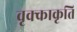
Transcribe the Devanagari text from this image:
वृक्काकृति